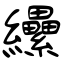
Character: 纝